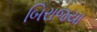
બિરાજયા